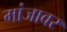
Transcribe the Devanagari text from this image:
मांजावर